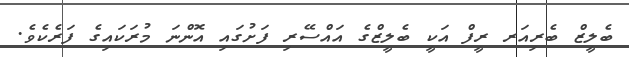
ބެލީޒް ބެރިއަރ ރީފް އަކީ ބެލީޒްގެ އައްސޭރި ފަށުގައި އޮންނަ މުރަކައިގެ ފަރެކެވެ.